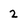
Character: 2